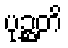
ပုဉ္ဆတိ